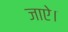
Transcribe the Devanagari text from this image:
जाऐ।